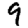
Digit: 9